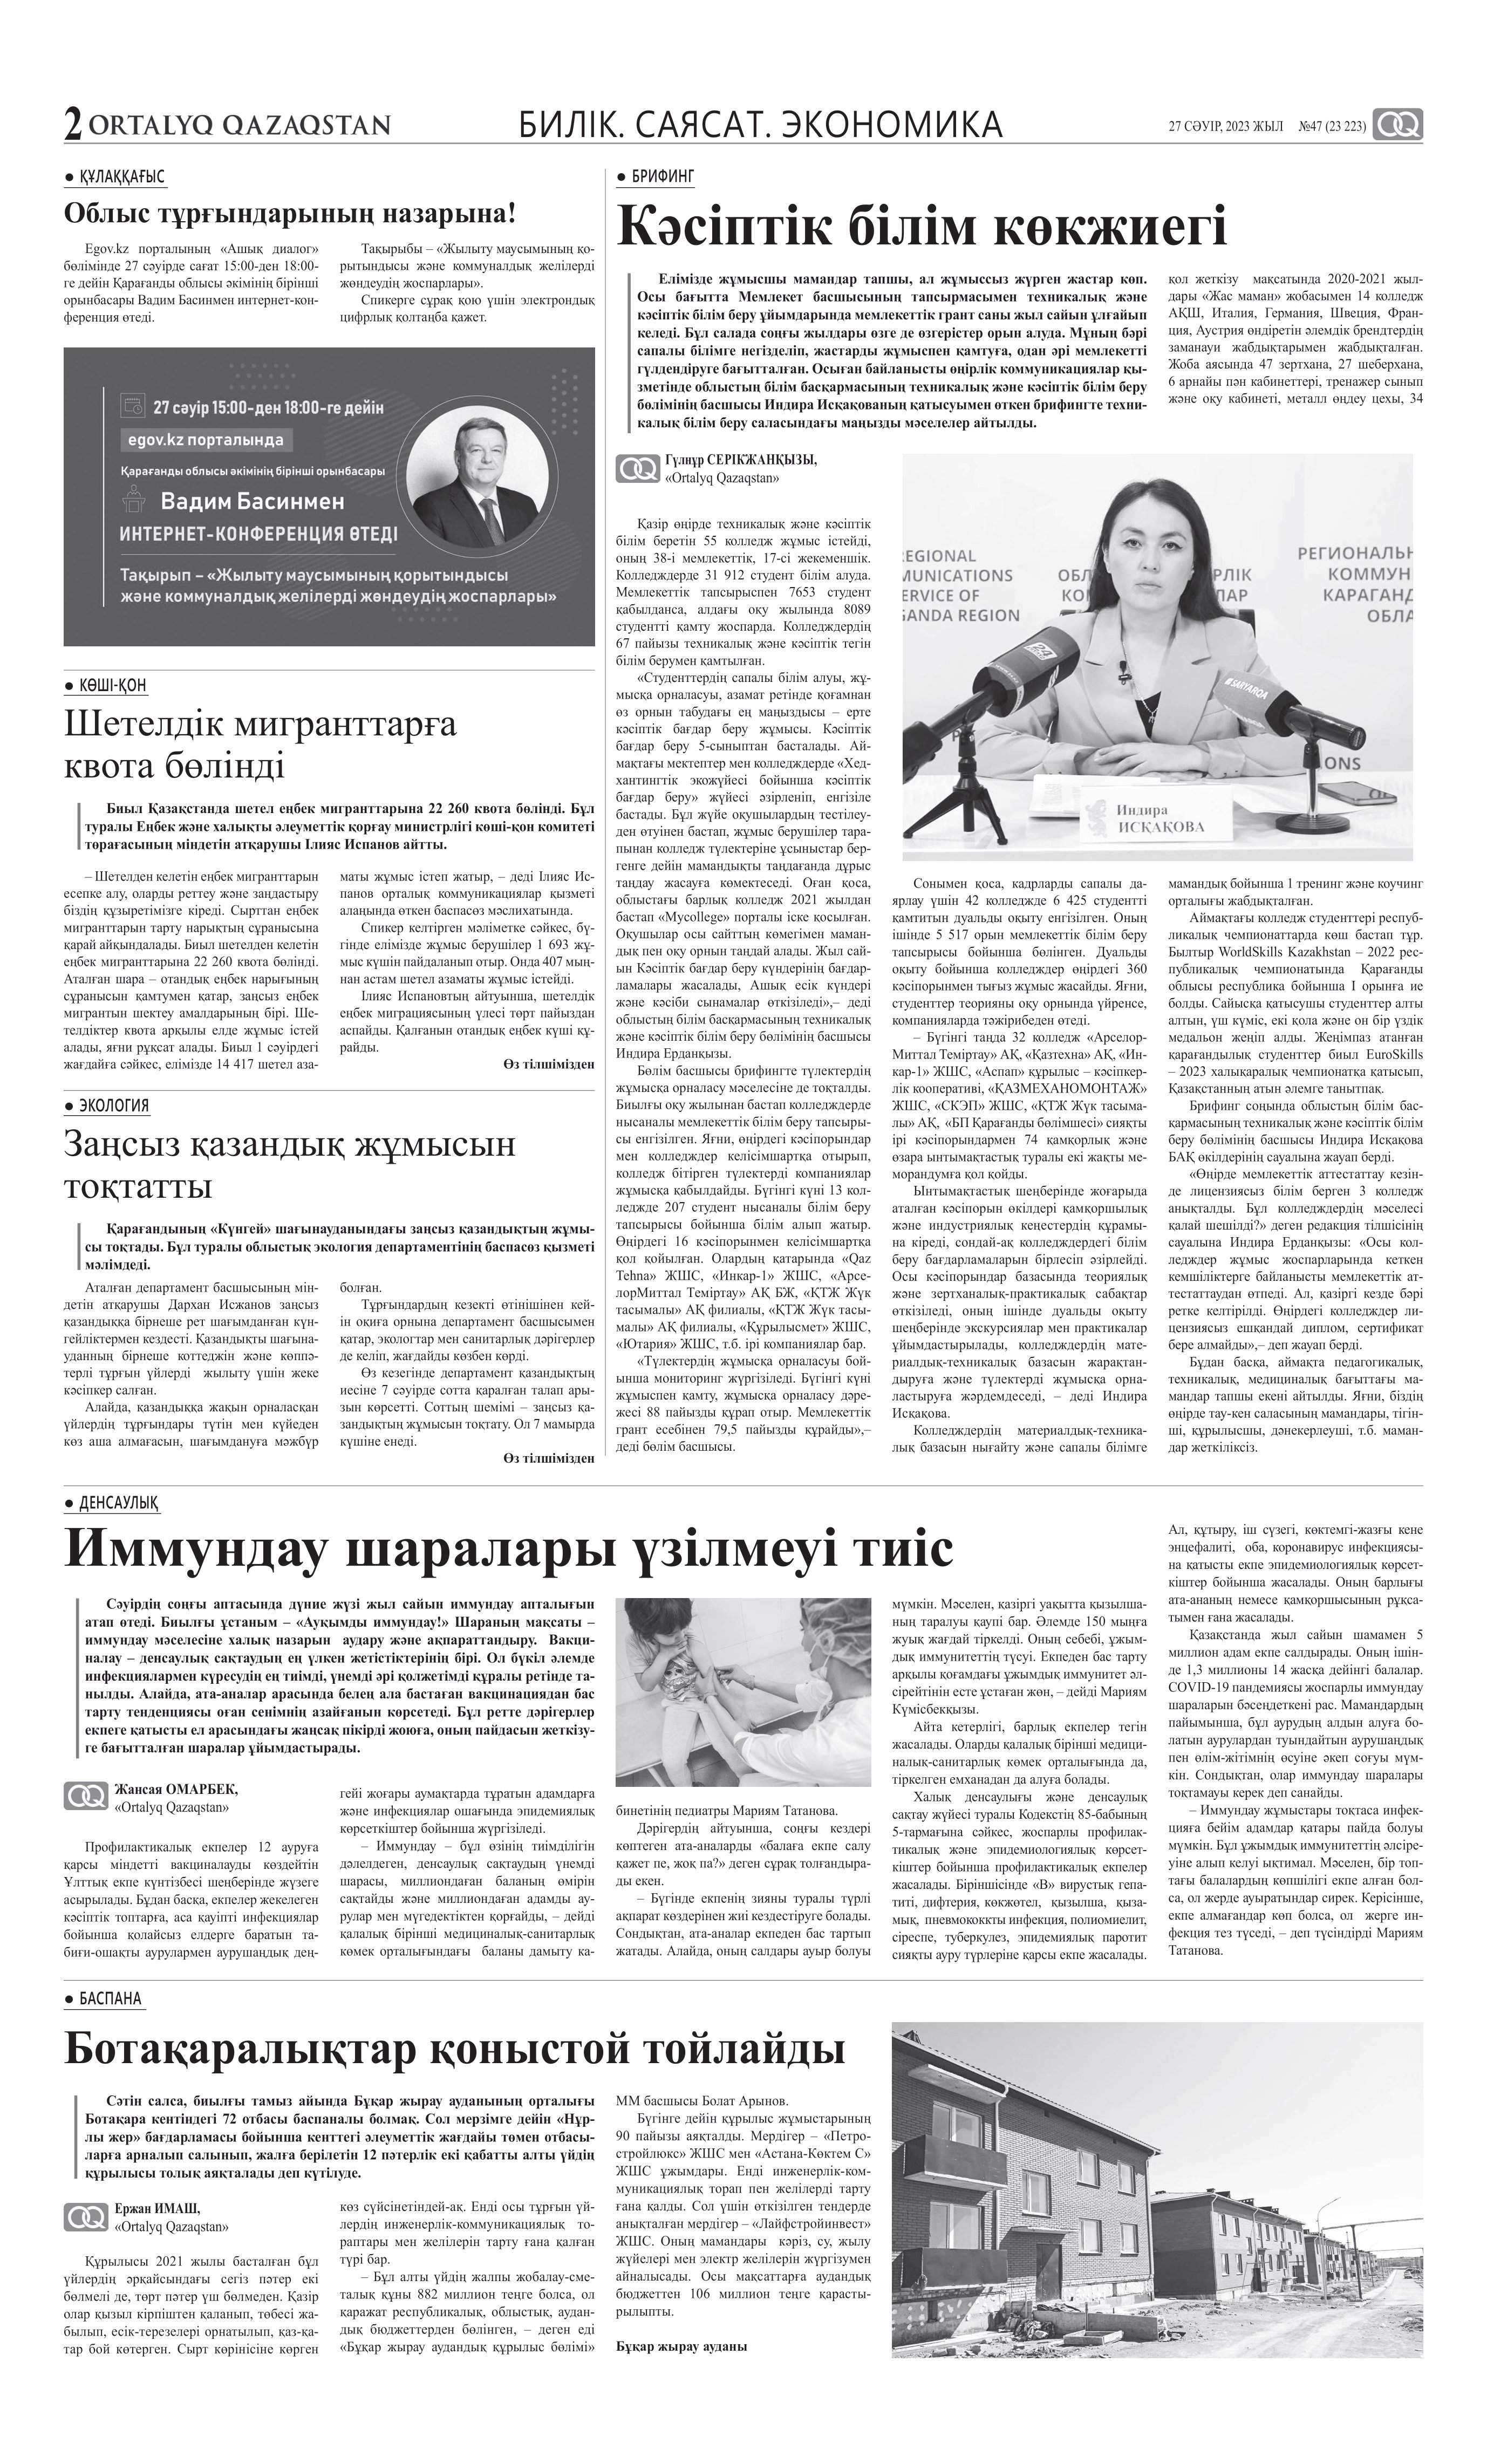
Language: kk